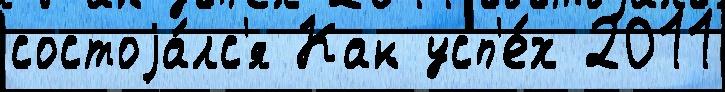
состоjа́лс'я Как усп'е́х 2011